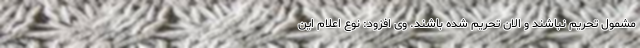
مشمول تحریم نباشند و الان تحریم شده باشند. وی افزود: نوع اعلام این